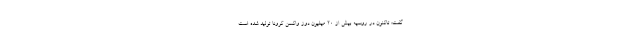
گفت: تاکنون در روسیه بیش از ۲۰ میلیون دوز واکسن کرونا تولید شده است.